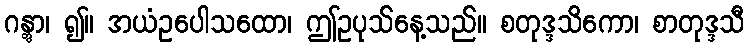
ဂန္တွာ၊ ၍။ အယံဥပေါသထော၊ ဤဥပုသ်နေ့သည်။ စတုဒ္ဒသိကော၊ စာတုဒ္ဒသီ